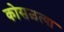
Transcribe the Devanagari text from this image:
कोसळत्या